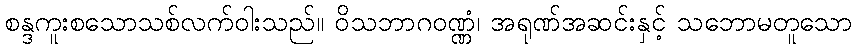
စန္ဒကူးစသောသစ်လက်ဝါးသည်။ ဝိသဘာဂဝဏ္ဏံ၊ အရုဏ်အဆင်းနှင့် သဘောမတူသော